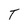
Character: T